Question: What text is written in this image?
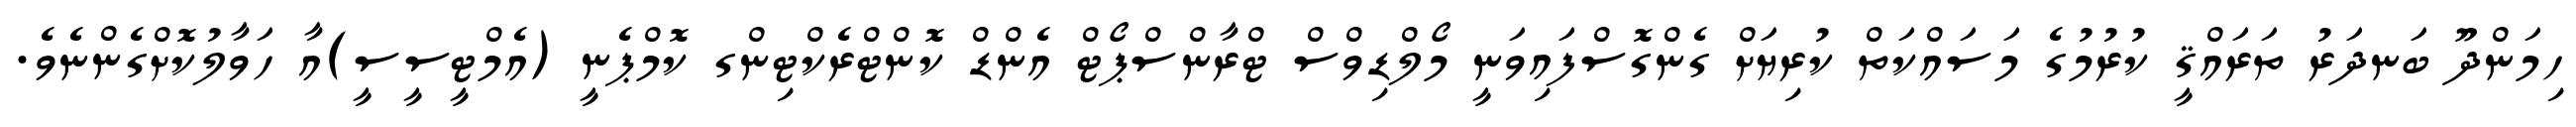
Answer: ހިމަންދޫ ބަނދަރު ތަރައްޤީ ކުރުމުގެ މަސައްކަތް ކުރިޔަށް ގެންގޮސްފައިވަނީ މޯލްޑިވްސް ޓްރާންސްޕޯޓް އެންޑް ކޮންޓްރެކްޓިންގ ކޮމްޕެނީ (އެމްޓީސީސީ)އާ ހަވާލުކޮށްގެންނެވެ.